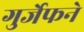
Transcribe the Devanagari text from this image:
गुर्जेफने